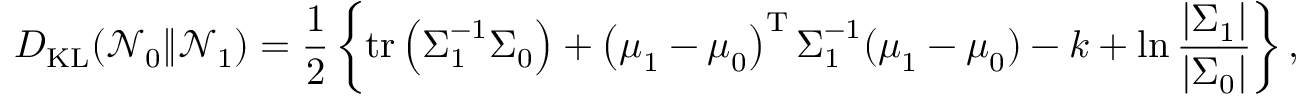
D _ { \mathrm { K L } } ( { \mathcal { N } } _ { 0 } \| { \mathcal { N } } _ { 1 } ) = { \frac { 1 } { 2 } } \left\{ \operatorname { t r } \left( { \boldsymbol { \Sigma } } _ { 1 } ^ { - 1 } { \boldsymbol { \Sigma } } _ { 0 } \right) + \left( { \boldsymbol { \mu } } _ { 1 } - { \boldsymbol { \mu } } _ { 0 } \right) ^ { \mathrm { { T } } } { \boldsymbol { \Sigma } } _ { 1 } ^ { - 1 } ( { \boldsymbol { \mu } } _ { 1 } - { \boldsymbol { \mu } } _ { 0 } ) - k + \ln { \frac { | { \boldsymbol { \Sigma } } _ { 1 } | } { | { \boldsymbol { \Sigma } } _ { 0 } | } } \right\} ,